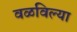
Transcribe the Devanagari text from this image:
वळविल्या